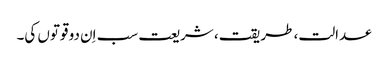
عدالت، طریقت، شریعت سب اِن دو قوتوں کی۔